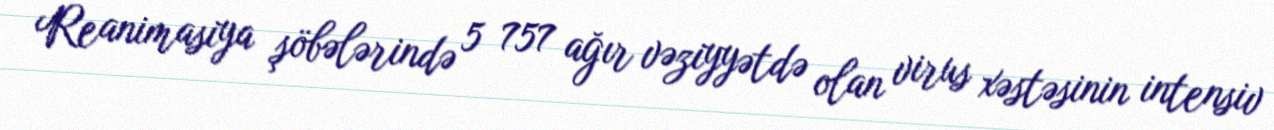
Reanimasiya şöbələrində 5 757 ağır vəziyyətdə olan virus xəstəsinin intensiv